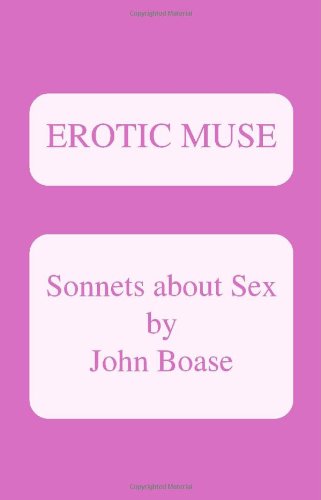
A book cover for Erotic Muse: Sonnets About Sex; John Boase; Romance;